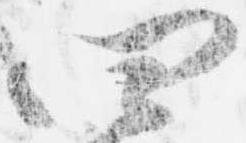
四